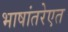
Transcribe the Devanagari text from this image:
भाषांतरेएत